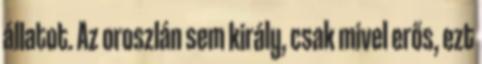
állatot. Az oroszlán sem király, csak mivel erős, ezt